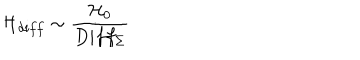
LaTeX: { \cal H } _ { d i f f } \sim \frac { { \cal H } _ { 0 } } { D i f f _ { \Sigma } }